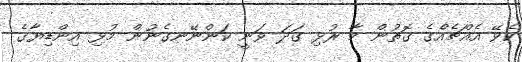
ކެވޭ އެއްޗެއްެގެ ގޮތުން މާ ރުޅި ގަދަ ވަނީ ކަންނޭނގެނުން މުޅި އިންޑިޔާގެ